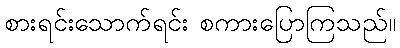
စားရင်းသောက်ရင်း စကားပြောကြသည်။